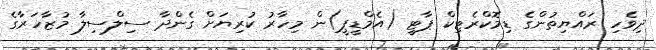
ދިވެހި ރައްޔިތުންގެ ޑިމޮކްރެޓިކް ޕާޓީ (އެމްޑީޕީ)ން މިހާރު ކުރިޔަށް ގެންދާ ސިލްސިލާ މުޒާހަރާގެ